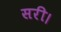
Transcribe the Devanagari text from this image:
सरी।